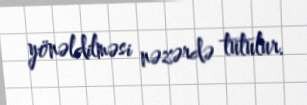
yönəldilməsi nəzərdə tutulur.